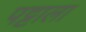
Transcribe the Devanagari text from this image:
पट्टाला